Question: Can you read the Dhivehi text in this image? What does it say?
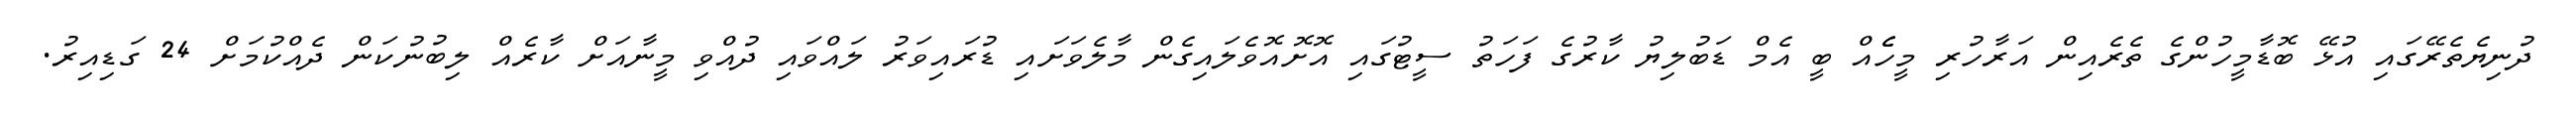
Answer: ދުނިޔެތެރޭގައި އުޅޭ ބޮޑާމީހުންގެ ތެރެއިން އަރާހުރި މީހެެއް ބީ އެމް ޑަބުލިޔު ކާރުގެ ފަހަތު ސީޓުގައި އޮށޮއޮވެލައިގެން މާލެވަށައި ޑުރައިވަރު ލައްވައި ދުއްވި މީނާއަށް ކާރެއް ލިބުނުކަން ދެއްކުމަށް 24 ގަޑިއިރު.